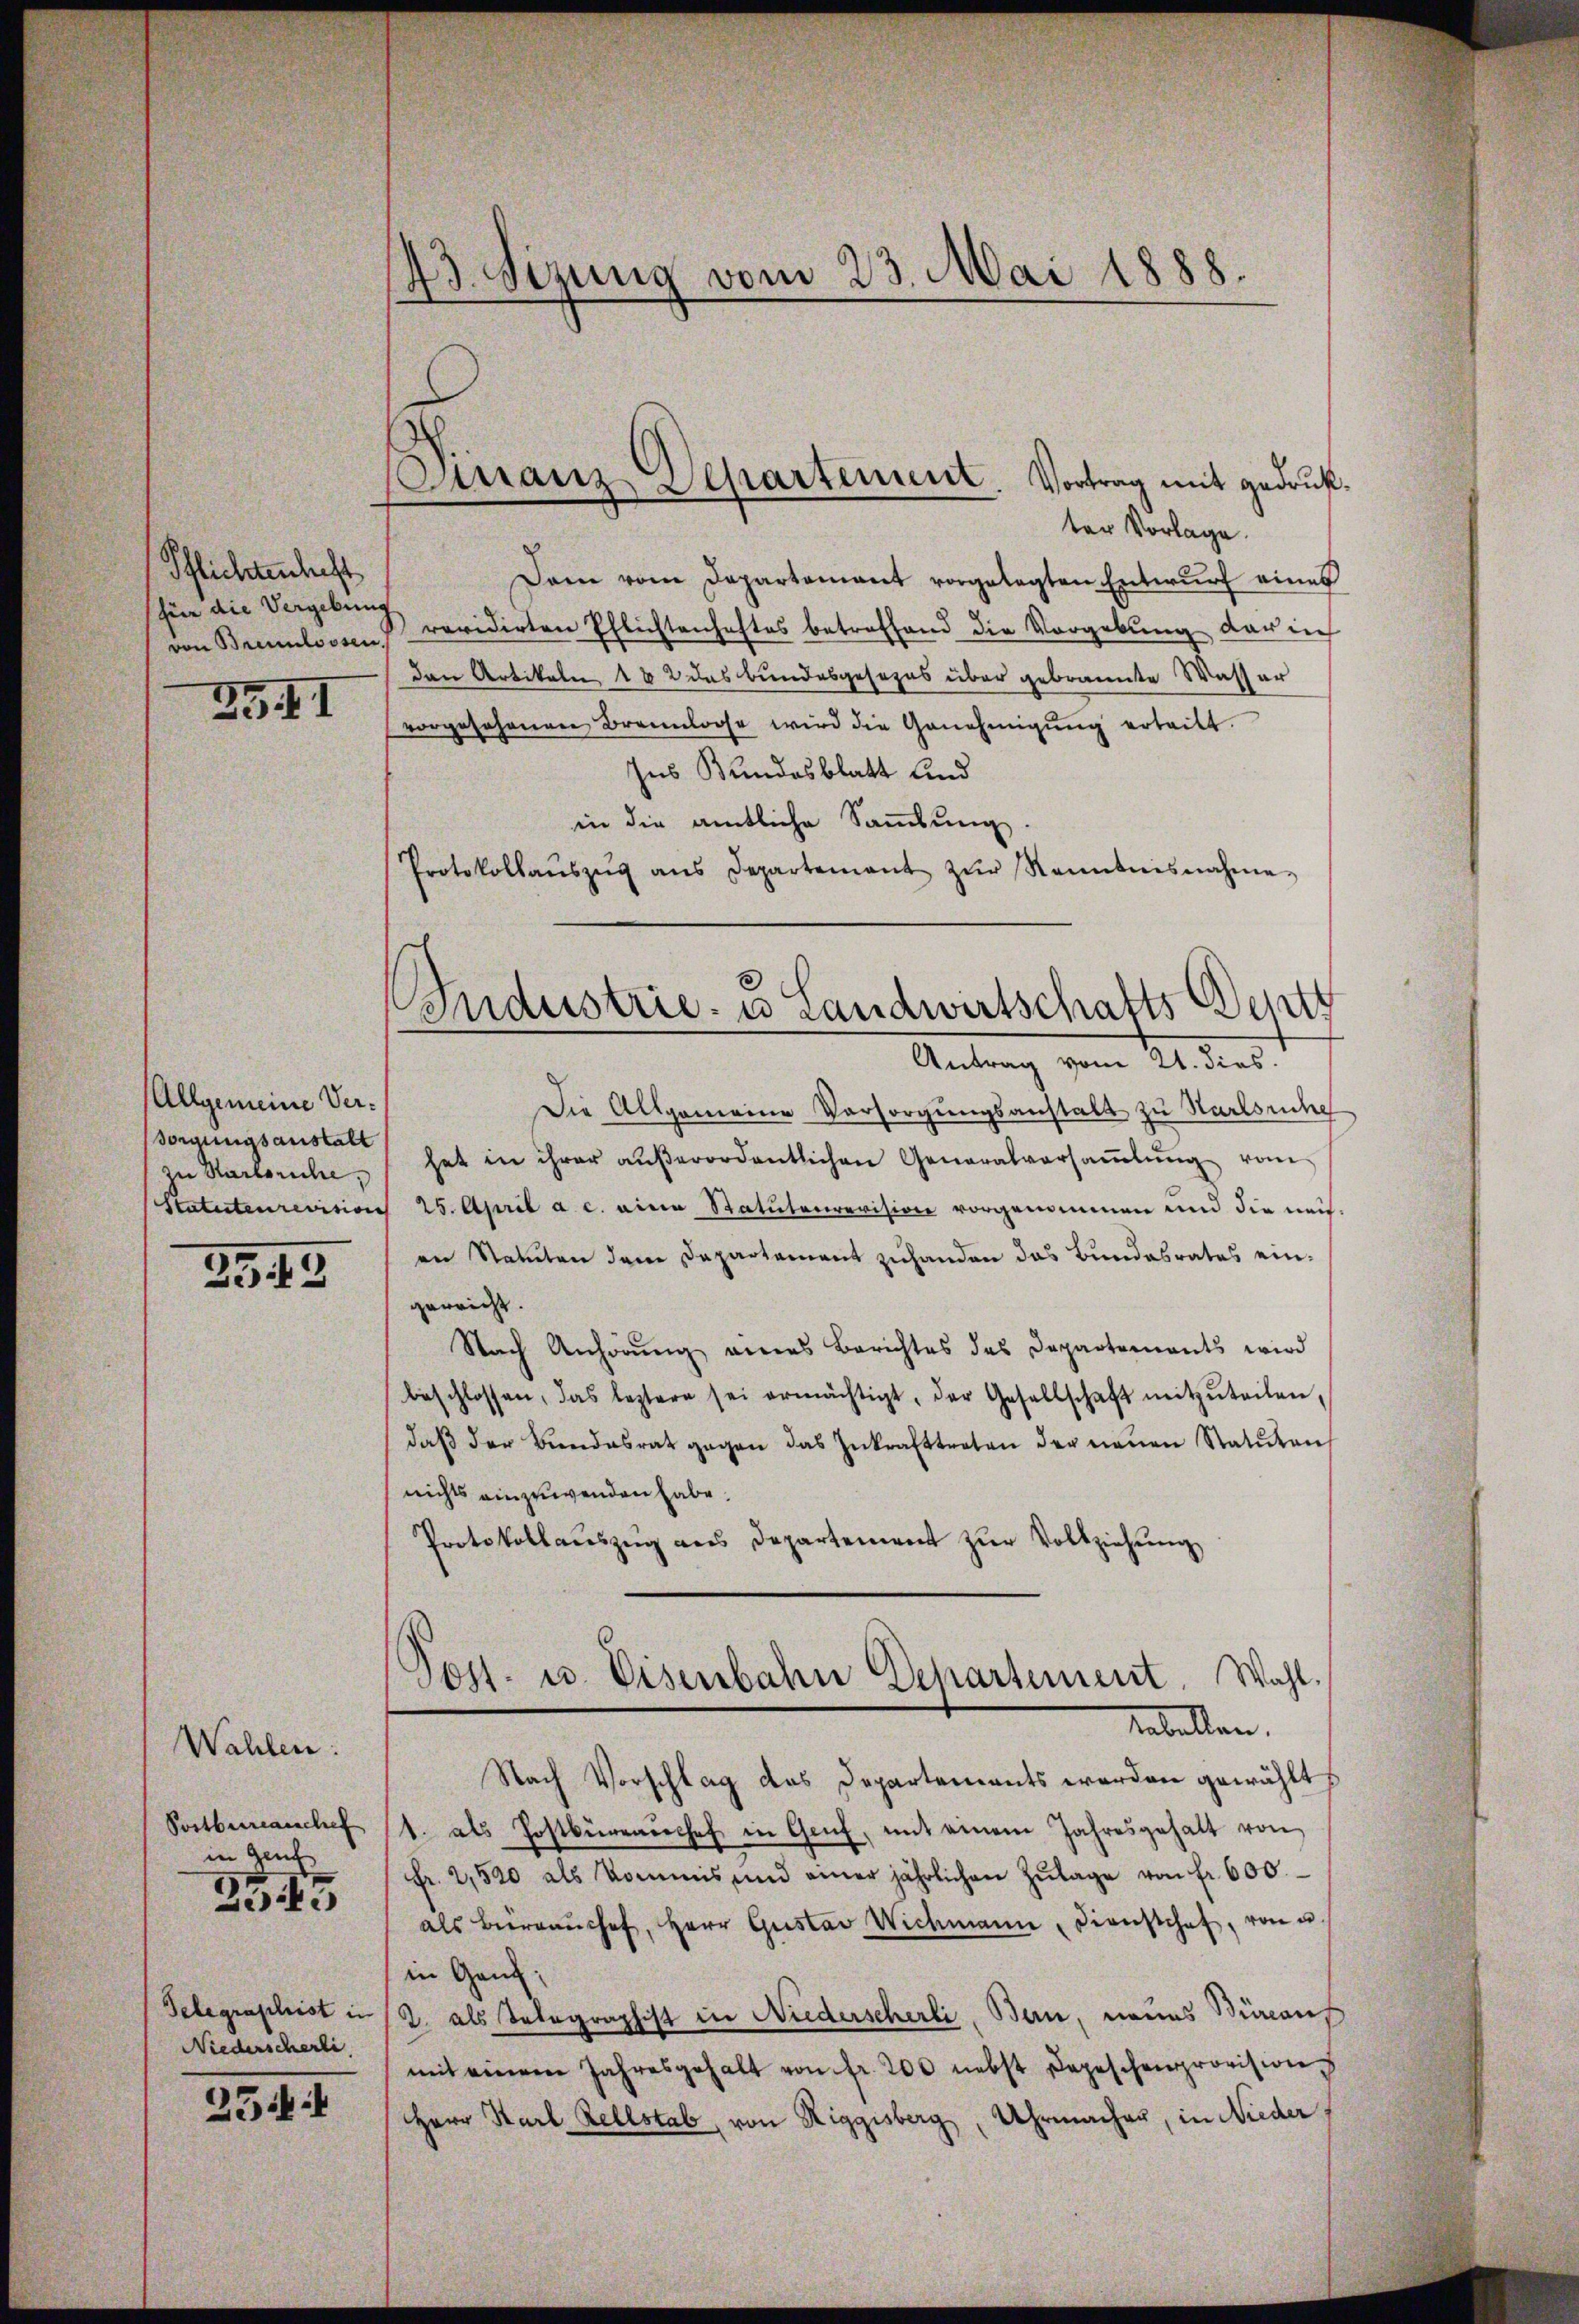
Pflichtenhaft
für die Vergebung
von Brennlosen.

35. I

Allgemeine Versorgungsanstalt
zu Karlsruhe,

3345

Wahlen:
Postbureauschef
in Genf
2545

Telegraphist in
Niederscherli

254

43. Sizung vom 23. Mai 1888.

inanz-Departement. Vortrag mit gedruk

ter Vorlage.
Dann vom Departamant vorgelegten Entwŭrf eines
revidirten Pflichtenhaftes betreffend die Vorgebung dar ich
den Artikale 182 das Bundesgesezes über gebrannte Wasser
vorgesehenen Brannlose wird die Genehmigŭng erteilt.
Ins Bundesblatt und
in die amtliche Sammlung.
Protokollaŭszŭg ans Departement zŭr Ranntnisnahme-
Die Allgemeine Vorsorgungsanstalt zu Staatsache
hat in ihrer aŭβerordentlichen Generalversaṁlŭng vom
Statutenrevision 25. April a. c. eine Statutarrevision vorgenommen und die nach-
an Statuten dem Departement zuhanden das Bundesrates ein-
geweids.
Nach Anhörung eines Berichtes des Departements wird
beschlossen, das leztere sei ermächtigt, der Gesellschaft mitzŭteilen,
daβ der Bundesrat gegen das Inkrafttreten der neŭen Statuten
nichts einzuwenden habe.
Protokollaŭszŭg ans Departement zŭr Vollziehŭng
Post- u. Eisenbahn Departement. Wahl.
Rabellen.
Nach Vorschlag des Departements werden gewählt
1. als Postbüreaŭchef in Genf, mit einem Jahresgehalt von
fr. 2,500 als kommis und einer jährlichen Zŭlage von fr. 600.
als Büreaŭchef, Herr Gustav Wichmann, Dienstchef, von u
in Genf;
2. als Telegraphist in Niederscherli, Bern, neues Büreaus
mit einem Jahresgehalt von fr. 200 nebst Depeschenprovision
HHerr Karl Rellstab, von Riggisberg, Uhrmachen, in Nieder

Industrie- u Landwirtschafts-Deptz
Antrag vom 21. dies